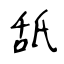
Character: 舐